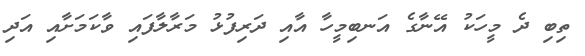
ތިބި ދެ މީހަކު އޭނާގެ އަނބިމީހާ އާއި ދަރިފުޅު މަރާލާފައި ވާކަމަށާއި އަދި